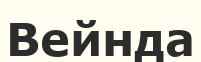
Вейнда